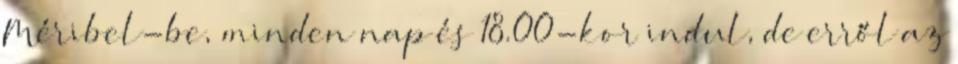
Méribel-be, minden nap és 18.00-kor indul, de erről az